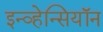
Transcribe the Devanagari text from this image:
इन्व्हेन्सियॉन